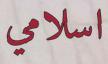
اسلامي